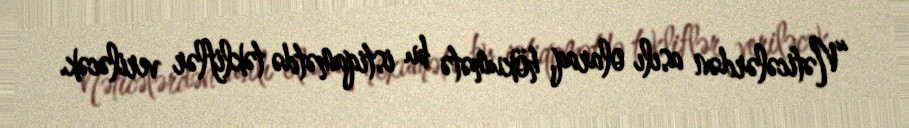
“Nəticələrdən asılı olaraq, hökumətə bu istiqamətdə təkliflər veriləcək.